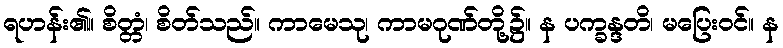
ရဟန်း၏။ စိတ္တံ၊ စိတ်သည်။ ကာမေသု၊ ကာမဂုဏ်တို့၌။ န ပက္ခန္ဒတိ၊ မပြေးဝင်။ န